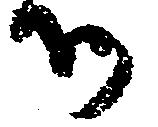
御